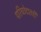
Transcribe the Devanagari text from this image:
परिच्छेदातही